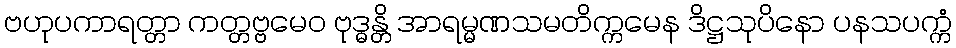
ဗဟုပကာရတ္တာ ကတ္တဗ္ဗမေဝ ဗုဒ္ဓန္တိ အာရမ္မဏသမတိက္ကမေန ဒိဋ္ဌသုပိနော ပနသပက္ကံ